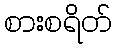
စားစရိတ်